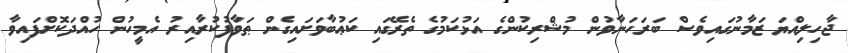
ޖާހިލިއްޔަ ޒަމާނުގައިވެސް ބަރަހަނާވުން މުޝްރިކުންގެ އަޅުކަމުގެ ތެރޭގައި ކަޢުބާވަށައިގެން ޠަވާފުކުރާއިރު އެމީހުން ހުއްދަކޮށްފައިވާ